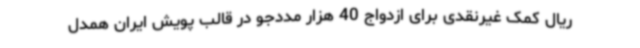
ریال کمک غیرنقدی برای ازدواج 40 هزار مددجو در قالب پویش ایران همدل